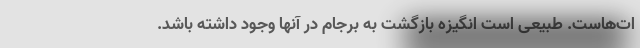
ات‌هاست. طبیعی است انگیزه بازگشت به برجام در آنها وجود داشته باشد.